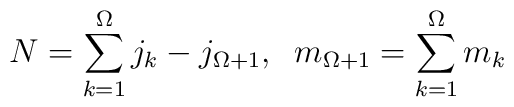
N = \sum_{k=1}^{\Omega} j_k - j_{\Omega+1} ,\;\; m_{\Omega+1} = \sum_{k=1}^\Omega m_k